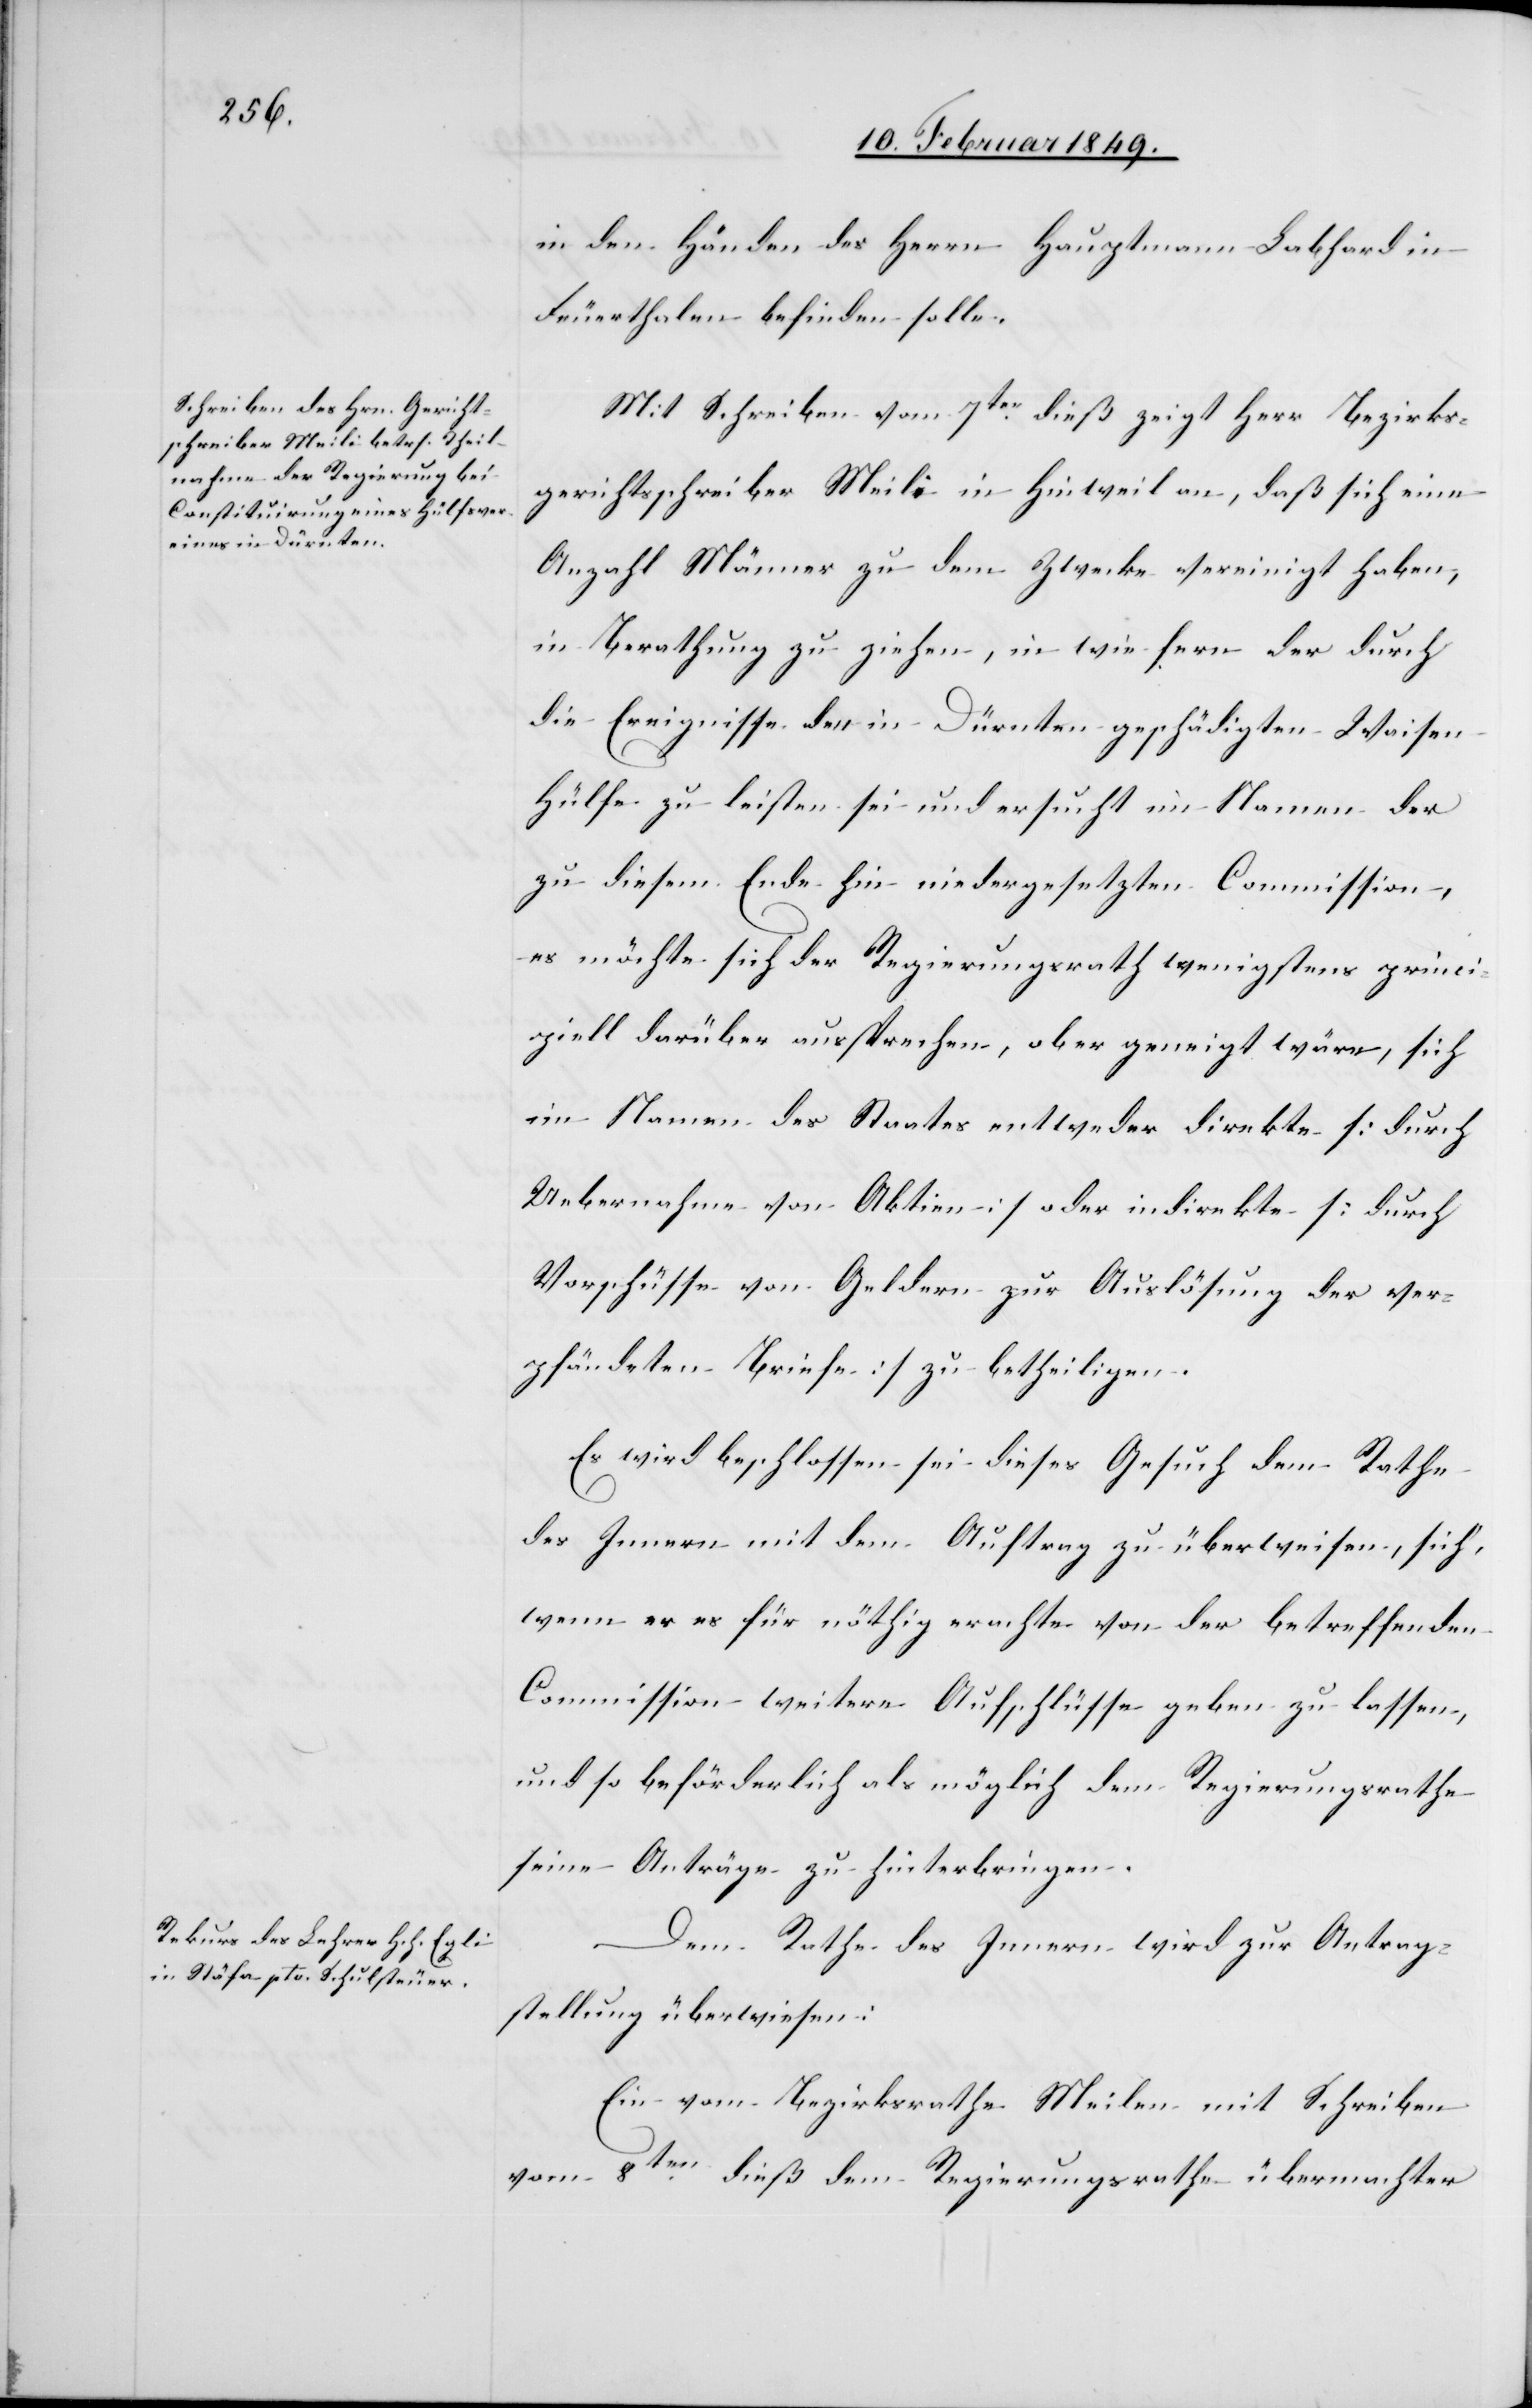
in den Händen des Herrn Hauptmann Labhard in
Feuerthalen befinden solle.
Mit Schreiben vom 7ten. dieß zeigt Herr Bezirks¬
gerichtsschreiber Meili in Hinweil an, daß sich eine
Anzahl Männer zu dem Zwecke vereinigt haben,
in Berathung zu ziehen, in wie fern der durch
die Ereignisse den in Dürnten geschädigten Waisen
Hülfe zu leisten sei und ersucht im Namen der
zu diesem Ende hin niedergesetzten Commission,
es möchte sich der Regierungsrath wenigstens princi¬
piell darüber aussprechen, ob er geneigt wäre, sich
im Namen des Staates entweder direkte [durch
Uebernahme von Aktien] oder indirekte [durch
Vorschüsse von Geldern zur Auslösung der ver¬
pfändeten Briefe] zu betheiligen.
Es wird beschlossen sei dieses Gesuch dem Rathe
des Innern mit dem Auftrag zu überweisen, sich,
wenn er es für nöthig erachte von der betreffenden
Commission weitere Aufschlüsse geben zu lassen,
und so beförderlich als möglich dem Regierungsrathe
seine Anträge zu hinterbringen.
Dem Rathe des Innern wird zur Antrag¬
stellung überwiesen:
Ein vom Bezirksrathe Meilen mit Schreiben
vom 8ten. dieß dem Regierungsrathe übermachter